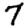
Digit: 7